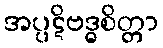
အပ္ပဋိဗဒ္ဓစိတ္တာ